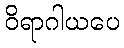
ဝိရာဂါယပေ